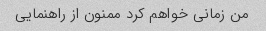
من زمانی خواهم کرد ممنون از راهنمایی